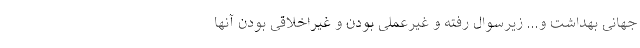
جهانی بهداشت و... زیرسوال رفته و غیرعملی بودن و غیراخلاقی بودن آنها